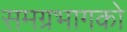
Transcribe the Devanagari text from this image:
समग्रभागको